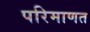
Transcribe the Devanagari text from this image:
परिमाणत